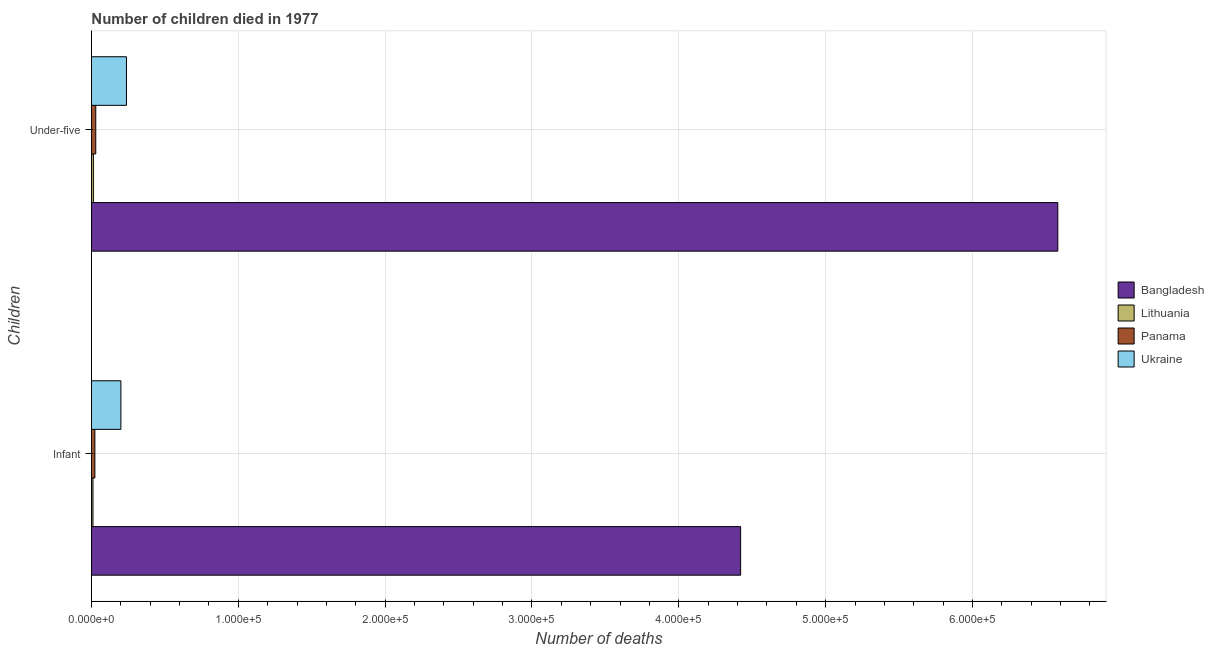
| Children | Bangladesh | Lithuania | Panama | Ukraine |
 | --- | --- | --- | --- | --- |
 | Infant | 4.42e+05 | 1.06e+03 | 2.35e+03 | 2.01e+04 |
 | Under-five | 6.58e+05 | 1.33e+03 | 2.96e+03 | 2.39e+04 |